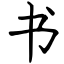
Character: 书